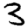
Digit: 3